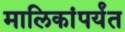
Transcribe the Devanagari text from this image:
मालिकांपर्यंत